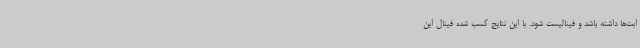
ابت‌ها داشته باشد و فینالیست شود. با این نتایج کسب شده فینال این